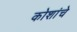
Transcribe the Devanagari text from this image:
कोशांचे